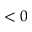
< 0